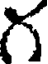
గ